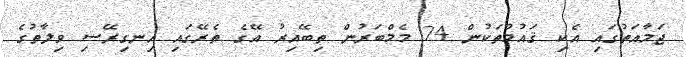
ޖަމާއަތުގައި އެކި ޤައުމުތަކުން 24 މެމްބަރުން ތިބޭއިރު އޭގެ ތެރޭގައި އިނގިރޭސި ވިލާތުގެ